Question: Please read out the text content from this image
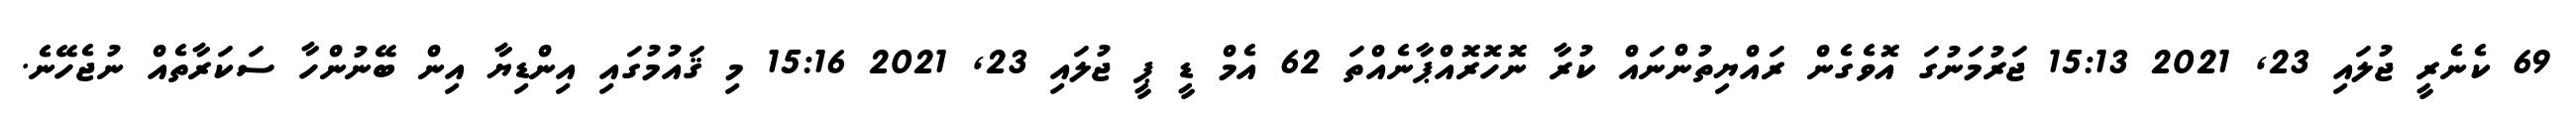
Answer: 69 ކެނެރީ ޖުލައި 23, 2021 15:13 ޖަރުމަނުގަ އޮވެގެން ރައްޔިތުންނައް ކުރާ ނޮހޮރޮއްޕާނެއްތަ 62 އެމް ޑީ ޕީ ޖުލައި 23, 2021 15:16 މި ޤައުމުގައި އިންޑިޔާ އިން ބޭނުންހާ ސަކަރާތެއް ނުޖެހޭނެ.